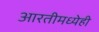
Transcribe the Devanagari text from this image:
आरतीमध्येही